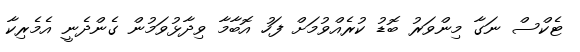
ޓެކްސް ނަގާ މިންވަރު ބޮޑު ކުރެއްވުމަށް ފަހު އޮބާމާ ވިދާޅުވަމުން ގެންދެނީ އެމެރިކާ